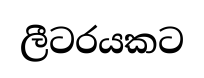
ලීටරයකට